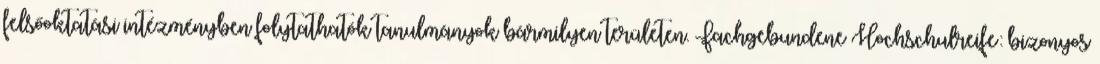
felsőoktatási intézményben folytathatók tanulmányok bármilyen területen. Fachgebundene Hochschulreife: bizonyos